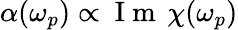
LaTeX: \alpha(\omega_{p})\propto\mathrm{~I~m~}\, \chi(\omega_{p})